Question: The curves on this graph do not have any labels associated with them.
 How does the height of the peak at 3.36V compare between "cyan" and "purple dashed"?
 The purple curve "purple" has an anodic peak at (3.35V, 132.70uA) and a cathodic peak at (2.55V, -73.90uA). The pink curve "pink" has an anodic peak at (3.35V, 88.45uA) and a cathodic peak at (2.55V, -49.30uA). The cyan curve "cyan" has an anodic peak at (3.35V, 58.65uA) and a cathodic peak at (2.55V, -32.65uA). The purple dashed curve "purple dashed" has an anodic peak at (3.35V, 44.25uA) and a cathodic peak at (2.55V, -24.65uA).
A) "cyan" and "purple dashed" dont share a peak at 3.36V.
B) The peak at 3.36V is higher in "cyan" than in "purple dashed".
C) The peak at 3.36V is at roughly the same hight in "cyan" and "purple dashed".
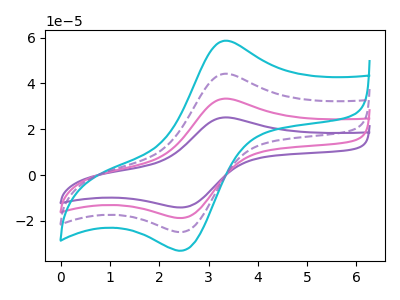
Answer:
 <answer>B) The peak at 3.36V is higher in "cyan" than in "purple dashed".</answer>
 <eval>B</eval>